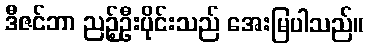
ဒီဇင်ဘာ ညဉ့်ဦးပိုင်းသည် အေးမြပါသည်။